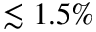
\lesssim 1 . 5 \%